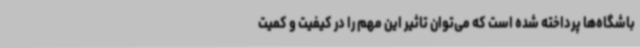
باشگاه‌ها پرداخته شده است که می‌توان تاثیر این مهم را در کیفیت و کمیت